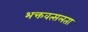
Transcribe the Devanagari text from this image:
भक्तवत्सलता